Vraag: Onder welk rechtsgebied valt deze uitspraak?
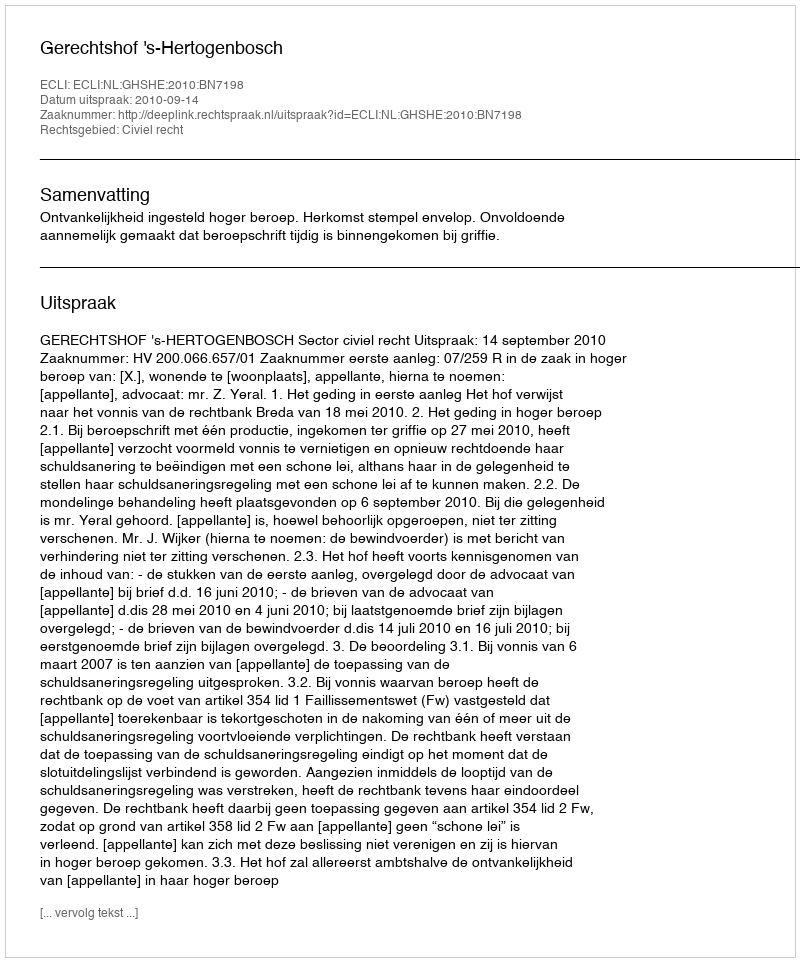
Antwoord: Civiel recht